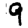
Digit: 9